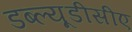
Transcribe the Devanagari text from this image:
डब्ल्यूडीसीए